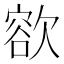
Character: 𣤄